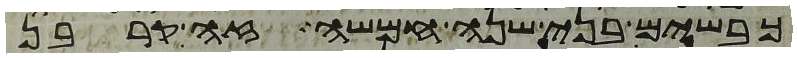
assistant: כבשים בני שנה חמשה זה קרבן